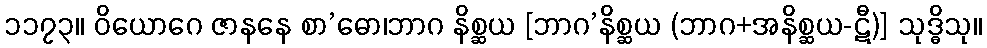
၁၁၇၃။ ဝိယောဂေ ဇာနနေ စာ’ဓော၊ဘာဂ နိစ္ဆယ [ဘာဂ’နိစ္ဆယ (ဘာဂ+အနိစ္ဆယ-ဋီ)] သုဒ္ဓိသု။